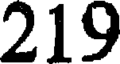
219